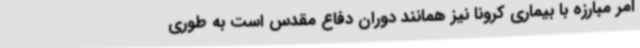
امر مبارزه با بیماری کرونا نیز همانند دوران دفاع مقدس است به طوری